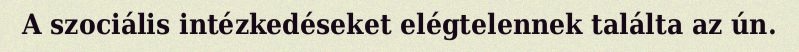
A szociális intézkedéseket elégtelennek találta az ún.